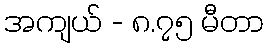
အကျယ် - ၈.၇၅ မီတာ